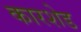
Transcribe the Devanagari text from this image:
कारशेड